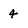
Character: 4